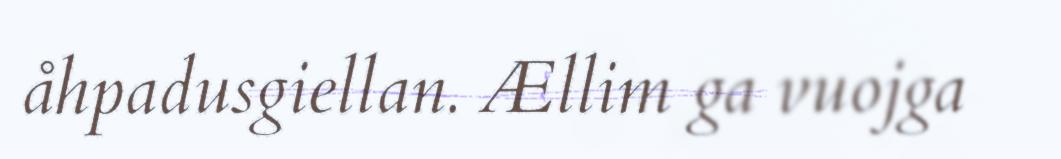
åhpadusgiellan. Ællim ga vuojga